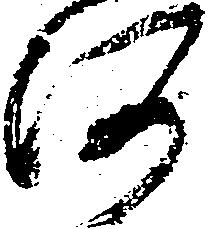
河